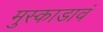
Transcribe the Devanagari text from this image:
मुस्काडावं